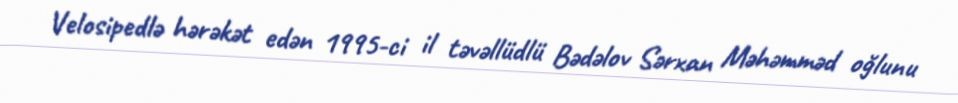
Velosipedlə hərəkət edən 1995-ci il təvəllüdlü Bədəlov Sərxan Məhəmməd oğlunu